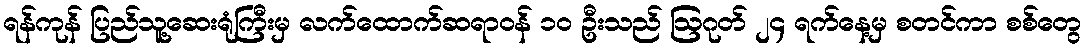
ရန်ကုန် ပြည်သူ့ဆေးရုံကြီးမှ လက်ထောက်ဆရာဝန် ၁၀ ဦးသည် ဩဂုတ် ၂၄ ရက်နေ့မှ စတင်ကာ စစ်တွေ